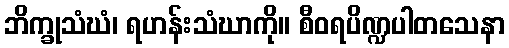
ဘိက္ခုသံဃံ၊ ရဟန်းသံဃာကို။ စီဝရပိဏ္ဍပါတသေနာ